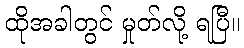
ထိုအခါတွင် မှုတ်လို့ ရပြီ။